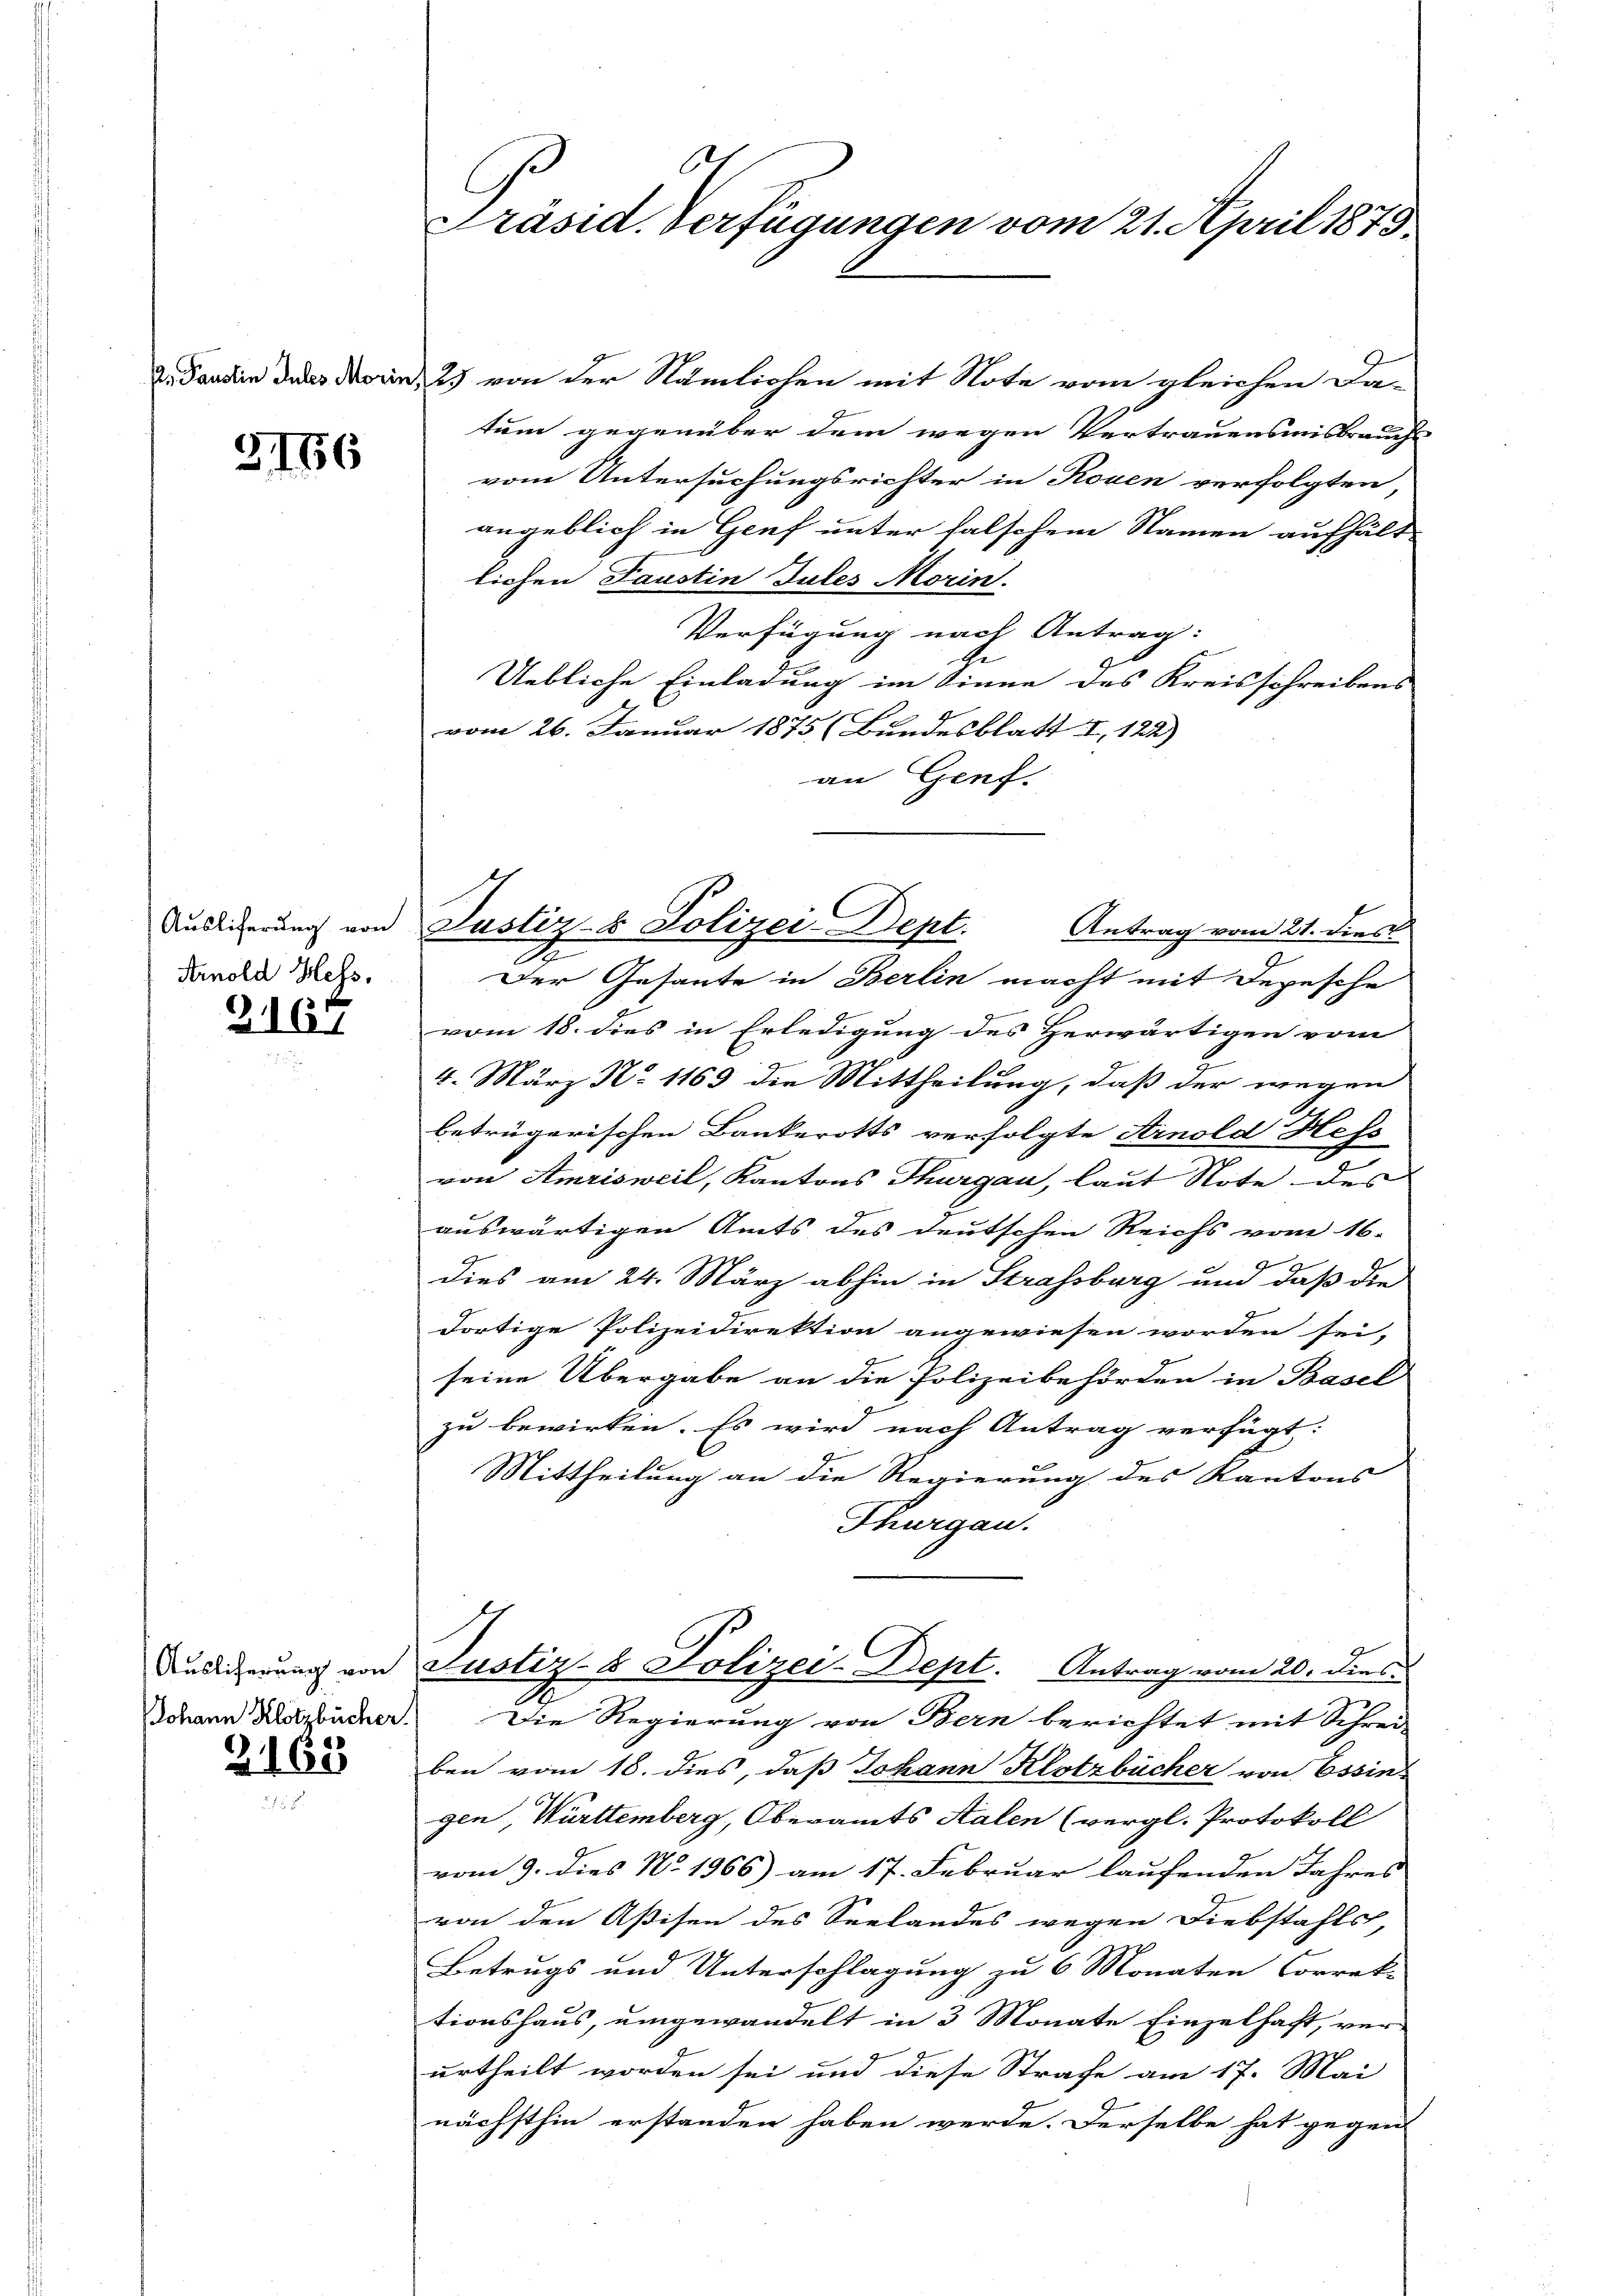
5156

Auslieferung von
Arnold Hess.

2167

Auslicherung von
Johann Klotzbücher.

2165

6
Präsid. Verfügungen vom 21. April 1875.

2 Sardin den 23 von der Nämlichen mit Note vom gleichen Da-
tum gegenüber dem wegen Vertrauensmisbrauchs
vom Untersuchungsrichter in Rouen verfolgten,
angeblich in Genf unter falschem Namen aufhält
lichen Faustin Jules Morin.
Verfügung nach Antrag:
Uebliche Einladung im Sinne des Kreisschreibens
vom 26. Januar 1875 (Bundesblatt I 122)
an Genf.
.
Der Gesante in Berlin macht mit Depesche
vom 18. dies in Erledigung des Herwärtigen vom
4. März No 1163 die Mittheilung, daß der wegen
betrügerischen Bankerotts verfolgte Arnold Hess
von Amrisweil, Kantons Thurgau, laut Note des
auswärtigen Amts des deutschen Reichs vom 16.
dies am 24. März abhin in Strassburg und daß die
g
dortige Polizeidirektion angewiesen worden sei,
seine Übergabe an die Polizeibehörden in Basel
zu bewirken. Es wird nach Antrag verfügt:
Mittheilung an die Regierung des Kantons
Thurgau.
Justiz- & Polizei-Dept. Antrag vom 20. dies
Die Regierung von Bern berichtet mit Schrei
ben vom 18. dies, daß Johann Klotzbücher von Essin
gen, Württemberg, Oberamts Kalen (vergl. Protokoll
vom 9. dies No. 1966) am 17. Februar laufenden Jahres
von den Aßisen des Seelandes wegen Diebstahls,
Betrugs und Unterschlagung zu 6 Monaten Correk-
tionshaus, umgewandelt in 3 Monate Einzelhaft, ver-
urtheilt worden sei und diese Strafe am 17. Mai
nächsthin erstanden haben werde. Derselbe hat gegen

Justiz- & Polizei Dept.
Antrag vom 21. dies